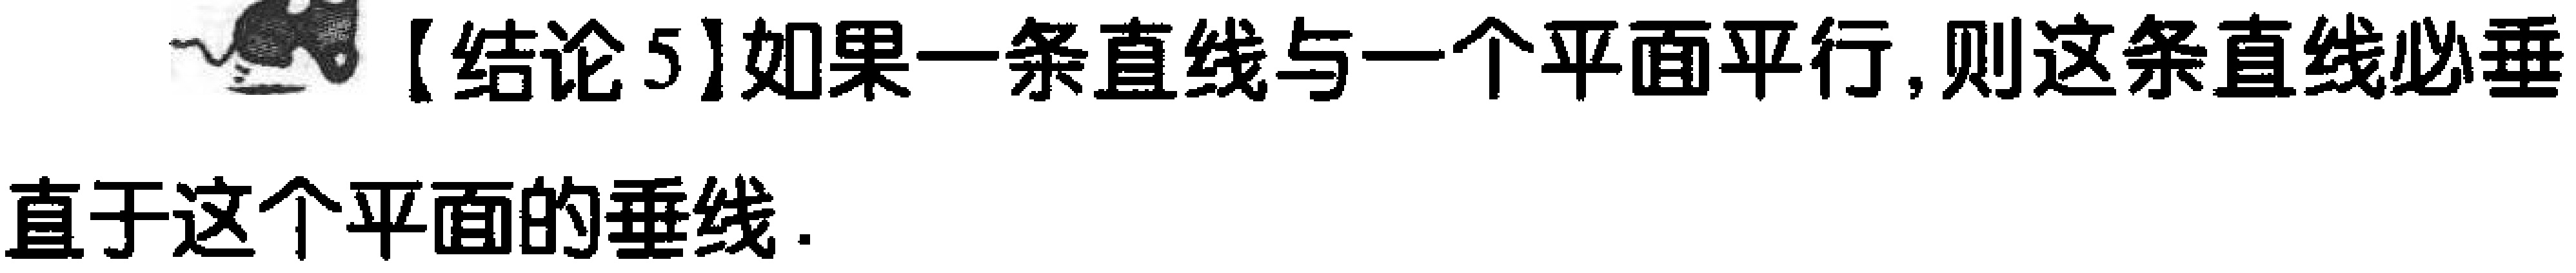
【结论5】如果一条直线与一个平面平行,则这条直线必垂直于这个平面的垂线.